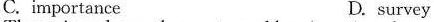
C. importance D. survey